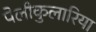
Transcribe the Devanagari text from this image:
पेलीकुलारिया